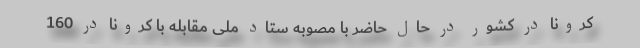
کرونا در کشور در حال حاضر با مصوبه ستاد ملی مقابله با کرونا در 160